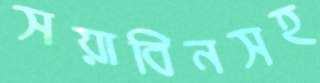
সয়াবিনসহ